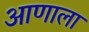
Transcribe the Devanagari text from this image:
आणाला